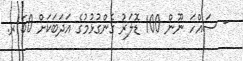
- ސައްހަ ނޫން 100 ޑޮލަރު ގެންގުޅުމުގެ އަދަބަކަށް 150ރ.